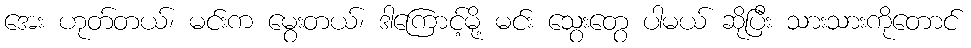
အေး ဟုတ်တယ်၊ မင်းက မွေးတယ်၊ ဒါကြောင့်မို့ မင်း သွေးတွေ ပါမယ် ဆိုပြီး သားသားကိုတောင်